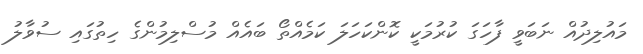
މައުލިދުއް ނަބަވީ ފާހަގަ ކުރުމަކީ ކޮންކަހަލަ ކަމެއްތޯ ބައެއް މުސްލިމުންގެ ހިތުގައި ސުވާލު